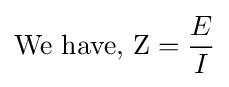
{\text{We have, Z}}={\frac {E}{I}}